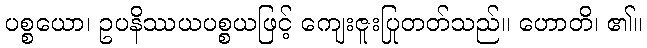
ပစ္စယော၊ ဥပနိဿယပစ္စယဖြင့် ကျေးဇူးပြုတတ်သည်။ ဟောတိ၊ ၏။